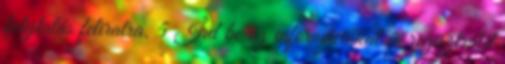
folytatás feliratra. 5 Írd be az információkat és regisztráld